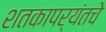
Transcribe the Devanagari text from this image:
शतकापर्यंतचे